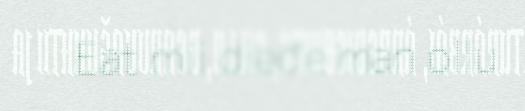
Eat mii dieđe man ollu